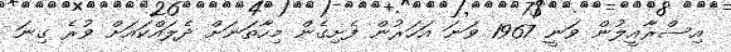
އިސްރާއީލުން ވަނީ 1967 ވަނަ އަހަރުން ފެށިގެން މިހާތަނަށް ދެލައްކައަށް ވުރެ ގިނަ